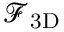
\mathcal { F } _ { \mathrm { 3 D } }